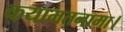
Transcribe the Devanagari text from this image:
कयामतनामा।